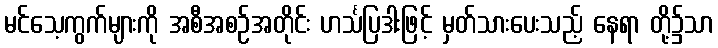
မင်သေ့ကွက်များကို အစီအစဉ်အတိုင်း ဟင်္သပြဒါးဖြင့် မှတ်သားပေးသည့် နေရာ တို့၌သာ